Annual report on the Civil Veterinary Department, Burma (including the Insein Veterinary School) - 1910-1922
Year: 1910
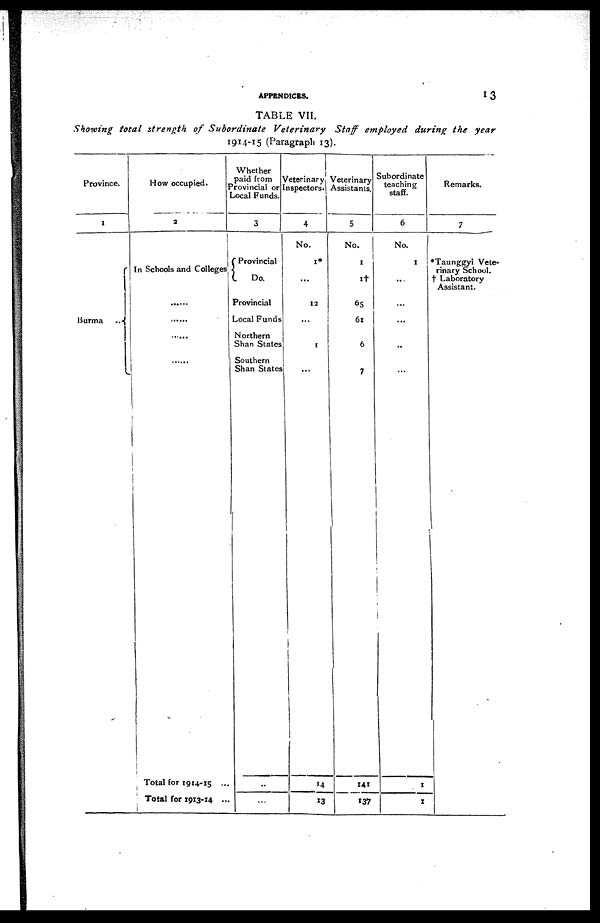
APPENDICES.
13
TABLE VII.
Showing total strength
of Subordinate
Veterinary
Staff employed during the year
1914-15 (Paragraph 13).
Province.
1
Burma
..
How occupied.
2
In Schools and Colleges
Total for 1914-15 ...
Total for 1913-14 ...
Whether
paid from
Provincial or
Local Funds.
3
Provincial
Do.
Provincial
Local Funds
Northern
Shan States
Southern
Shan States
..
...
Veterinary
Inspectors.
4
No.
1*
...
12
...
1
14
13
Veterinary
Assistants.
5
No.
1
1†
65
61
6
7
141
137
Subordinate
teaching
staff.
6
No.
1
...
...
...
..
1
1
Remarks.
7
*Taunggyi Vete-
rinary School.
† Laboratory
Assistant.